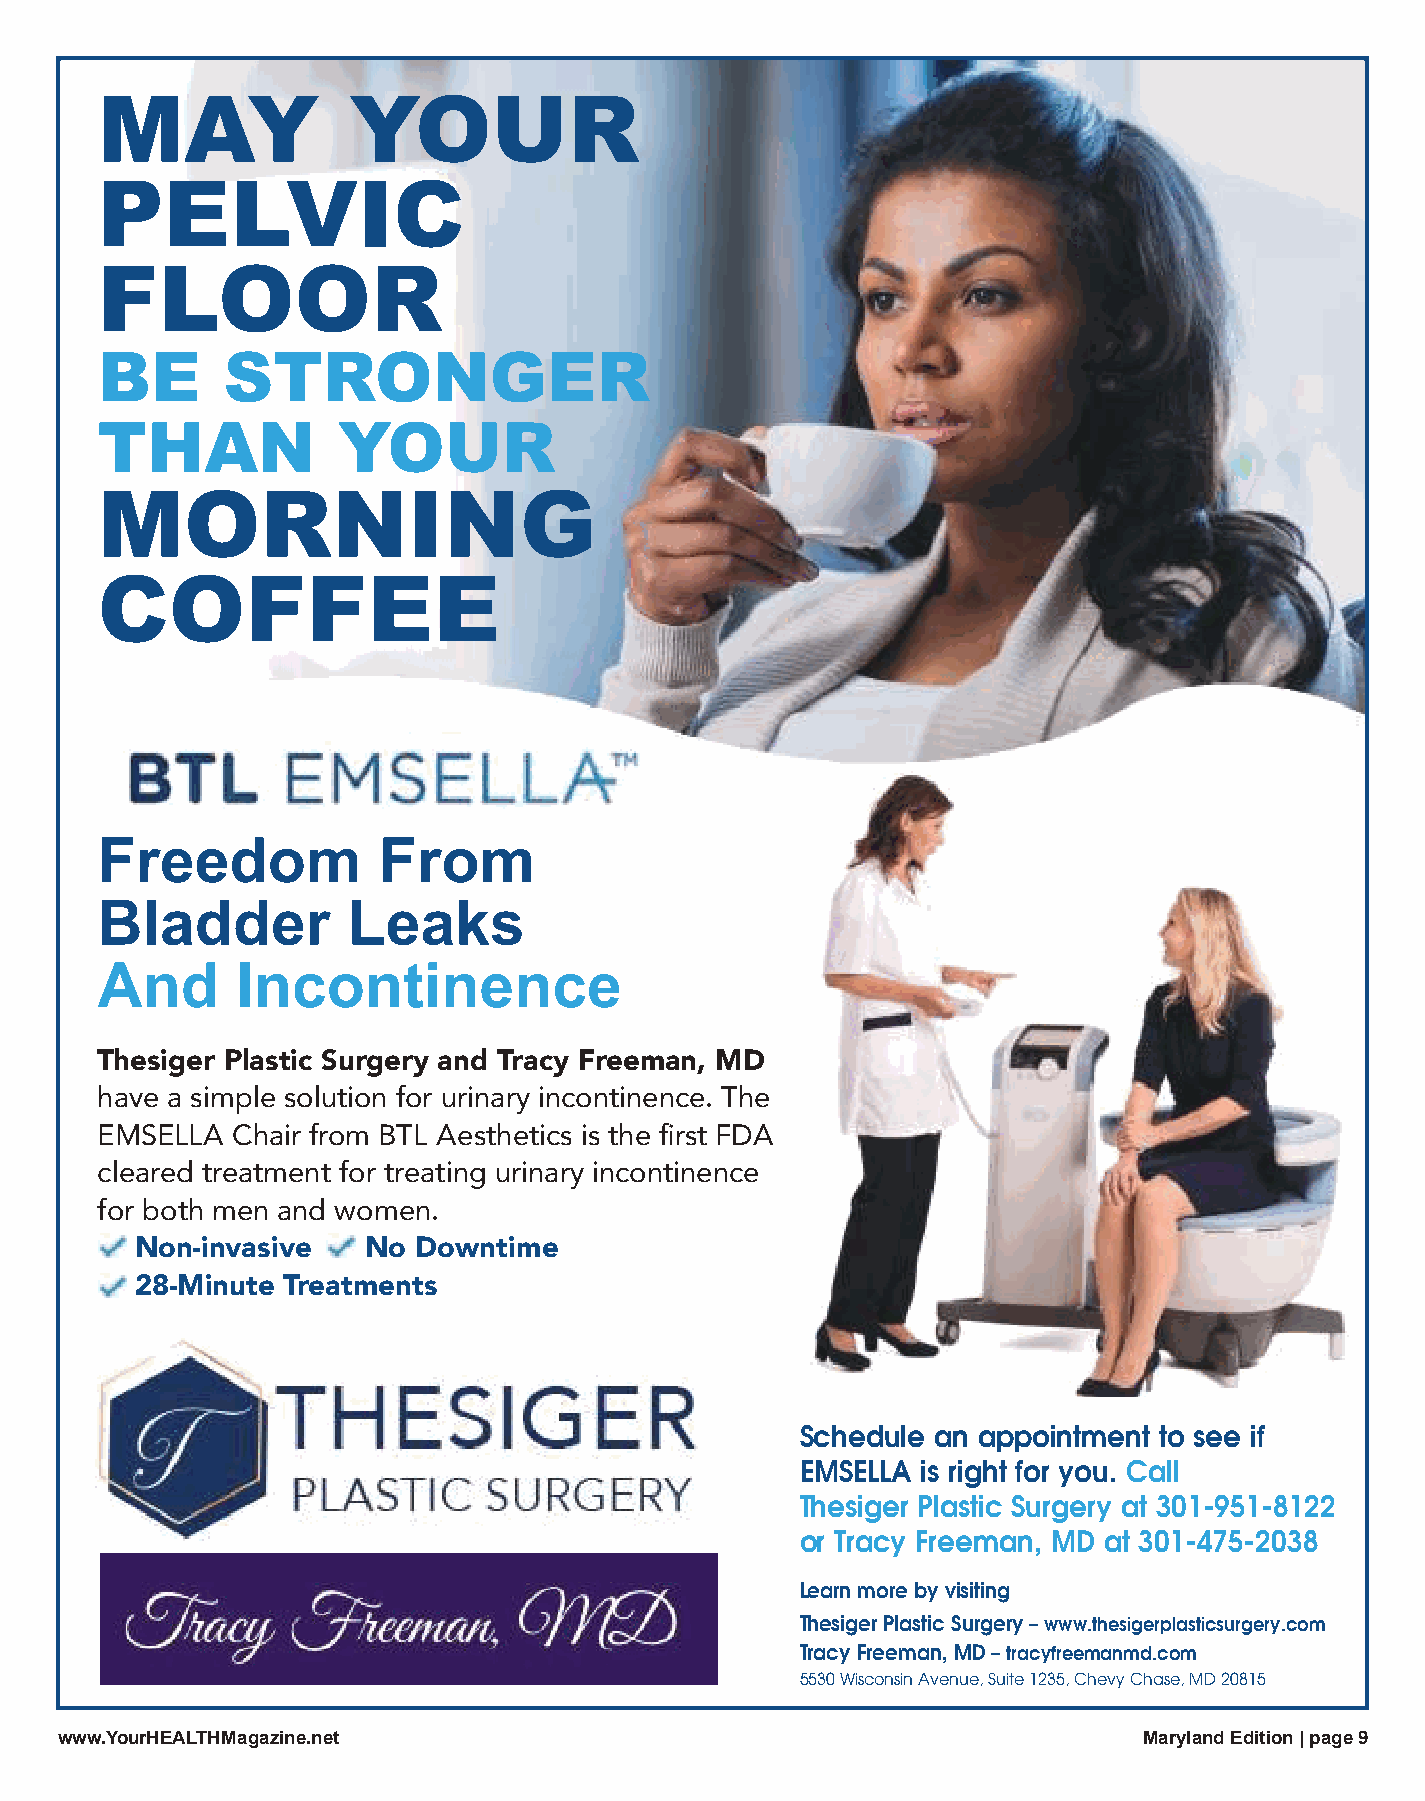
MAY              YOUR
 PELVIC
 FLOOR
 BE       STRONGER
 THAN            YOUR
 MORNING
 COFFEE
 Freedom            From
 Bladder          Leaks
 And       Incontinence
 Thesiger Plastic Surgery and Tracy Freeman, MD
 have a simple solution for urinary incontinence. The
 EMSELLA  Chair from BTL Aesthetics is the first FDA
 cleared treatment for treating urinary incontinence
 for both men and women.
 Non-invasive   No  Downtime
 28-Minute Treatments
 Schedule an appointment to see if
 EMSELLA is right for you. Call
 Thesiger Plastic Surgery at 301-951-8122
 or Tracy Freeman, MD at 301-475-2038
 Learn more by visiting
 Thesiger Plastic Surgery – www.thesigerplasticsurgery.com
 Tracy Freeman, MD – tracyfreemanmd.com
 5530 Wisconsin Avenue, Suite 1235, Chevy Chase, MD 20815
 wwwwww..YYoouurrHHEEAALLTTHHMMaaggaazziinnee..nneett                    Maryland Edition | page 9